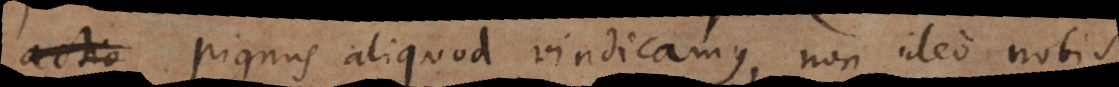
actio pignus aliquod vindicamus, non ideo nobis